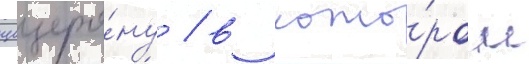
цицеро́ну / в кото́ром